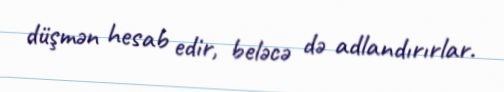
düşmən hesab edir, beləcə də adlandırırlar.